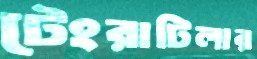
টেংরাটিলার